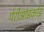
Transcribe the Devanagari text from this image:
पेरीओइकोइ